Annual report on the working of the lock hospitals in the Central Provinces
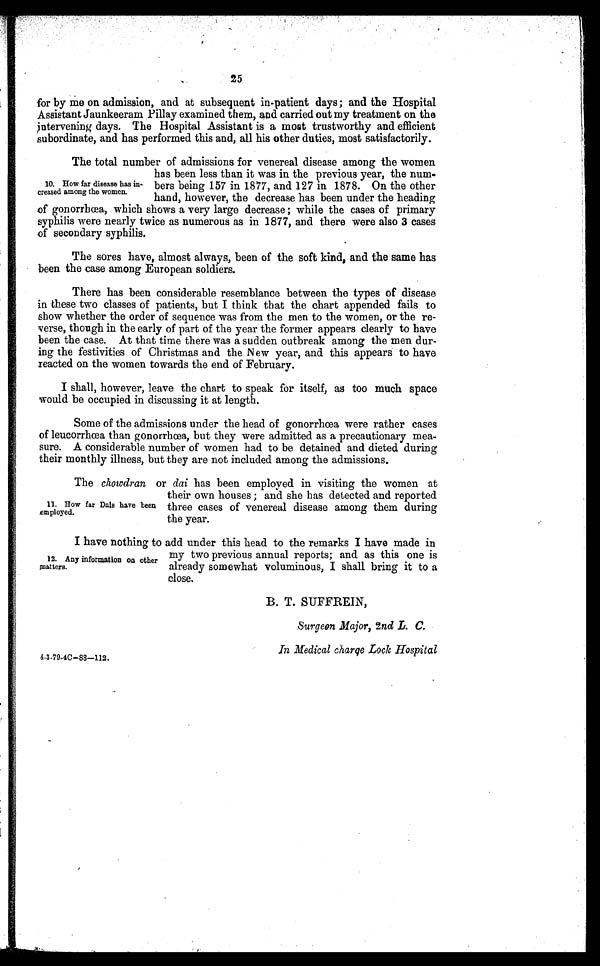
4-3-79-4C-88-112.
In Medical charge Lock Hospital
25
for by me on admission, and at subsequent in-patient days ; and the Hospital
Assistant Jaunkeeram Pillay examined them, and carried out my treatment on the
i
ntervening days. The Hospital Assistant is a most trustworthy and efficient
subordinate, and has performed this and, all his other duties, most satisfactorily.
The total number of admissions for venereal disease among the women
has been less than it was in the previous year, the num.
bers being 157 in 1877, and 127 in 1878. On the other
hand, however, the decrease has been under the heading
of gonorrhœa, which shows a very large decrease ; while the cases of primary
syphilis were nearly twice as numerous as in 1877, and there were also 3 cases
of secondary syphilis.
The sores have, almost always, been of the soft kind, and the same has
been the case among European soldiers.
There has been considerable resemblance between the types of disease
in these two classes of patients, but I think that the chart appended fails to
show whether the order of sequence was from the men to the women, or the re-
verse, though in the early of part of the year the former appears clearly to have
been the case. At that time there was a sudden outbreak among the men dur-
ing the festivities of Christmas and the New year, and this appears to have
reacted on the women towards the end of February.
I shall, however, leave the chart to speak for itself, as too much space
would be occupied in discussing it at length.
Some of the admissions under the head of gonorrhœa were rather cases
of leucorrhœa than gonorrhœa, but they were admitted as a precautionary mea-
sure. A considerable number of women had to be detained and dieted during
their monthly illness, but they are not included among the admissions.
10. How far disease has in-
creased among the women.
The chowdran or dai has been employed in visiting the women at
their own houses ; and she has detected and reported
three cases of venereal disease among them during
the year.
11. How far Dais have been
employed.
I have nothing to add under this head to the remarks I have made in
my two previous annual reports; and as this one is
already somewhat voluminous, I shall bring it to a
close.
12. Any information on other
m
atters.
B. T. SUFFREIN,
Surgeon Major, 2nd L. C.